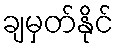
ချမှတ်နိုင်